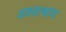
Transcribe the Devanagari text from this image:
अश्वत्थाय